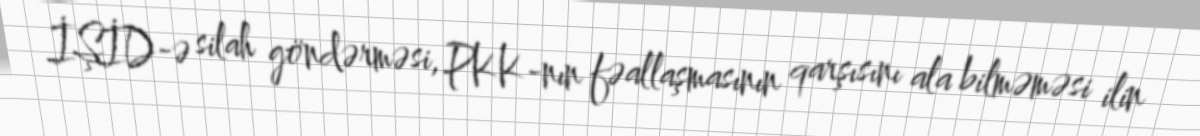
İŞİD-ə silah göndərməsi, PKK-nın fəallaşmasının qarşısını ala bilməməsi ilin